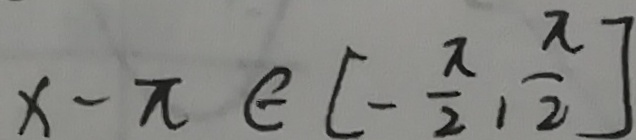
x - \pi \in [ - \frac { \pi } { 2 } , \frac { \pi } { 2 } ]